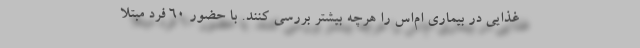
غذایی در بیماری ام‌اس را هرچه بیشتر بررسی کنند. با حضور 60 فرد مبتلا